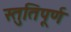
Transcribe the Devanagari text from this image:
स्तुतिपूर्ण